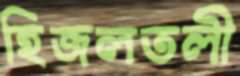
হিজলতলী